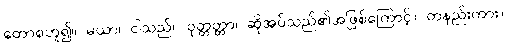
တောစဟူ၍။ မယာ၊ ငါသည်။ ဝုတ္တတ္တာ၊ ဆိုအပ်သည်၏အဖြစ်ကြောင့်။ တနည်းကား။